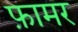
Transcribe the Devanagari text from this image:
फ़ामर